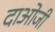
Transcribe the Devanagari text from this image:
दाओजी